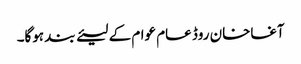
آغاخان روڈ عام عوام کے لیئے بند ہوگا۔